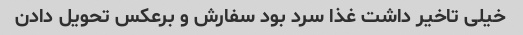
خیلی تاخیر داشت غذا سرد بود سفارش و برعکس تحویل دادن